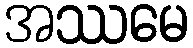
အဿမေ